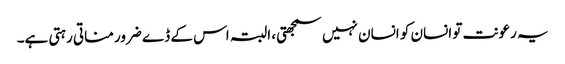
یہ رعونت تو انسان کو انسان نہیں سمجھتی، البتہ اس کے ڈے ضرور مناتی رہتی ہے۔